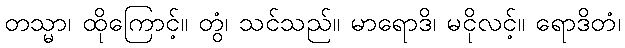
တသ္မာ၊ ထိုကြောင့်။ တွံ၊ သင်သည်။ မာရောဒိ၊ မငိုလင့်။ ရောဒိတံ၊